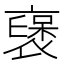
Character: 襃